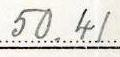
50.41